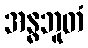
အန္ဓဘူတံ